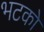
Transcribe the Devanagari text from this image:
भटको